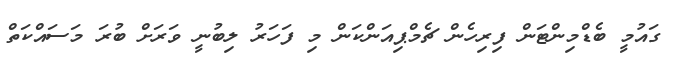
ގައުމީ ބެޑްމިންޓަން ފިރިހެން ޗެމްޕިއަންކަން މި ފަހަރު ލިބުނީ ވަރަށް ބުރަ މަސައްކަތް